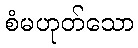
စံမဟုတ်သော